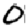
Digit: 0